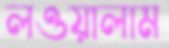
লওয়ালাম